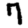
Digit: 7